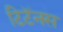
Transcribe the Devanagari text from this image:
टिटॅनस